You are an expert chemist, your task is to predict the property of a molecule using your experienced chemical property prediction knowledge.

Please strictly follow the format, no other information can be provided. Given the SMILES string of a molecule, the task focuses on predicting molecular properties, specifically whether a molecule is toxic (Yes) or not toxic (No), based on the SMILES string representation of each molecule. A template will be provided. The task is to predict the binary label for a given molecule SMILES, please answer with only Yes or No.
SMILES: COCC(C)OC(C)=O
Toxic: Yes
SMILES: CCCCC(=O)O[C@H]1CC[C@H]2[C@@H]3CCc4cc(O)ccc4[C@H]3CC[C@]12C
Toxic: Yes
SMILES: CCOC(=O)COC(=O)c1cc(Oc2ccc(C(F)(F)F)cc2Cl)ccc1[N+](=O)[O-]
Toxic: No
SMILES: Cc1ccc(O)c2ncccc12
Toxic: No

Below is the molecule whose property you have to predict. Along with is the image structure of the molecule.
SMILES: CCCCCCCCCCCCN(C)C
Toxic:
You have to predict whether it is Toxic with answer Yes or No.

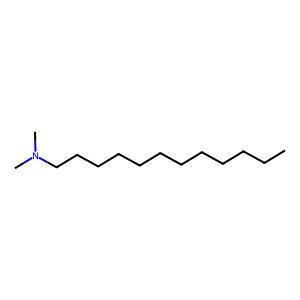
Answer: No